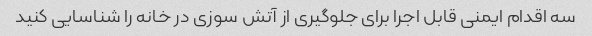
سه اقدام ایمنی قابل اجرا برای جلوگیری از آتش سوزی در خانه را شناسایی کنید